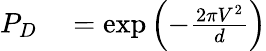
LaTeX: \begin{array}{rl}{P_{D}}&{{}=\exp\left(-\frac{2\pi V^{2}}{d}\right)}\end{array}